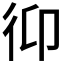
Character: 𢓋